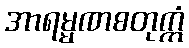
အာရမ္မဏစတုက္ကံ